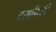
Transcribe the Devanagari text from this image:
दसगिरी